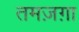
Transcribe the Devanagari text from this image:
तमज़ग़ा